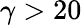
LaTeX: \gamma>20